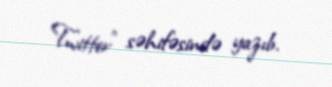
"Twitter" səhifəsində yazıb.